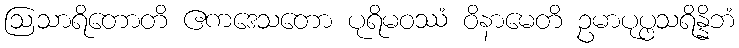
ဩသာရိတောတိ ဧကဒေသတော ပုရိမဝဿံ ဝိနာမေတိ ဥမာပုပ္ဖသရိန္နိဘံ